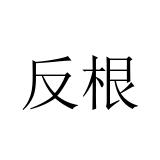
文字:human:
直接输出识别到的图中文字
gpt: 反根